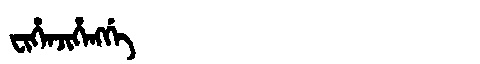
Manchu: ᠸᡳᡥᡝᠨᠵᡳᡥᡝᠩᡤᡝ
Romanization: FIHENJIHENGGE